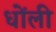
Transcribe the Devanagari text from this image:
धोंली